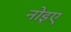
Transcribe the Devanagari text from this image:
नोइए